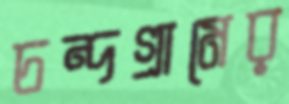
চন্দগ্রামের